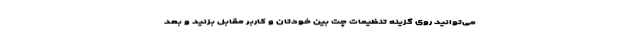
می‌توانید روی گزینه تنظیمات چت بین خودتان و کاربر مقابل بزنید و بعد